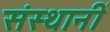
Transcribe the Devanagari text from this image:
संस्थानीं